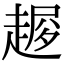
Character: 𧼜